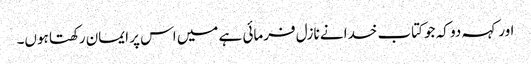
اور کہہ دو کہ جو کتاب خدا نے نازل فرمائی ہے میں اس پر ایمان رکھتا ہوں۔